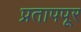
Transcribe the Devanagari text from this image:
प्रतापपूर